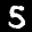
Digit: 5